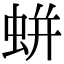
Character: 蛢